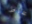
مخاط